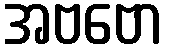
အဗဗော